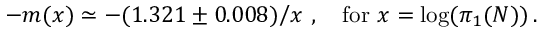
- m ( x ) \simeq - ( 1 . 3 2 1 \pm 0 . 0 0 8 ) \big / x \ , \quad \mathrm { f o r ~ } x = \log ( \pi _ { 1 } ( N ) ) \, .